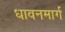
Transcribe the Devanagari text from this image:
धावनमार्ग